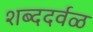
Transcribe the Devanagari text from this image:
शब्ददर्वळ